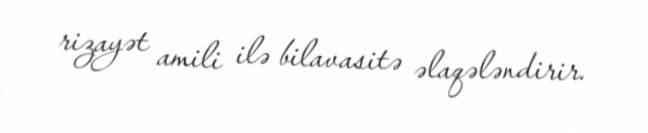
rizayət amili ilə bilavasitə əlaqələndirir.